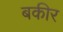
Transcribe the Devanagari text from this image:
बकीर